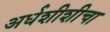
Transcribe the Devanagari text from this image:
अर्धशीशीचा